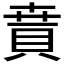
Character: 𧶚